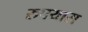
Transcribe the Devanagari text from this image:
रुपयास